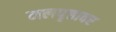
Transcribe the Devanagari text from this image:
मलपृष्ठावर